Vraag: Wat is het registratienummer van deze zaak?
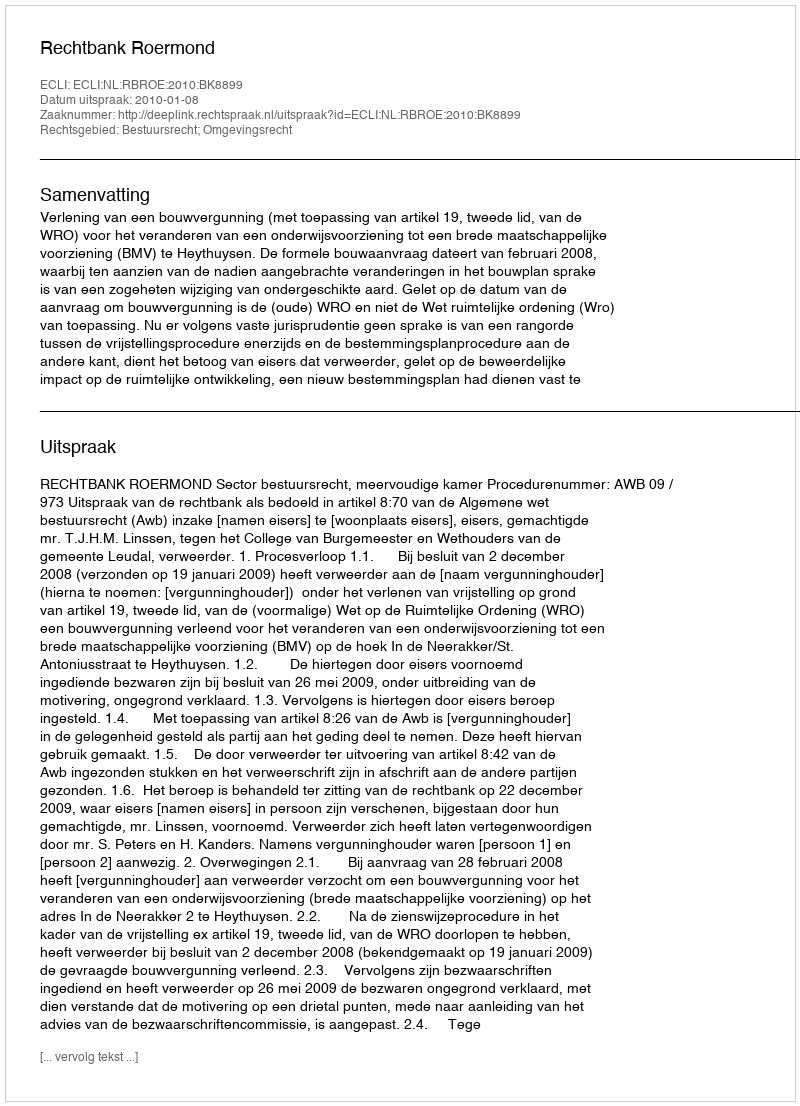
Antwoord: http://deeplink.rechtspraak.nl/uitspraak?id=ECLI:NL:RBROE:2010:BK8899